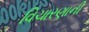
વિચારણાની